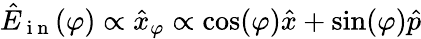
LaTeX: \hat{E}_{\mathrm{~i~n~}}(\varphi)\propto\hat{x}_{\varphi}\propto\cos(\varphi)\hat{x}+\sin(\varphi)\hat{p}